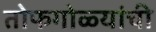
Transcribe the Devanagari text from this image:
तोफगोळ्यांची